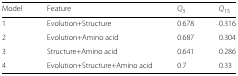
<table><thead><tr><td><b>Model</b></td><td><b>Feature</b></td><td><b><i>Q</i><sub>3</sub></b></td><td><b><i>Q</i><sub>15</sub></b></td></tr></thead><tbody><tr><td>1</td><td>Evolution+Structure</td><td>0.678</td><td>0.316</td></tr><tr><td>2</td><td>Evolution+Amino acid</td><td>0.687</td><td>0.304</td></tr><tr><td>3</td><td>Structure+Amino acid</td><td>0.641</td><td>0.286</td></tr><tr><td>4</td><td>Evolution+Structure+Amino acid</td><td>0.7</td><td>0.33</td></tr></tbody></table>